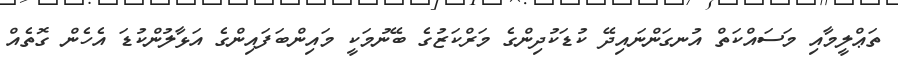
ތަޢްލީމާއި މަސައްކަތް އުނގަންނައިދޭ ކުޑަކުދިންގެ މަރްކަޒުގެ ބޭނުމަކީ މައިންބަފައިންގެ އަޅާލުންކުޑަ އެހެން ގޮތެއް